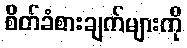
စိတ်ခံစားချက်များကို